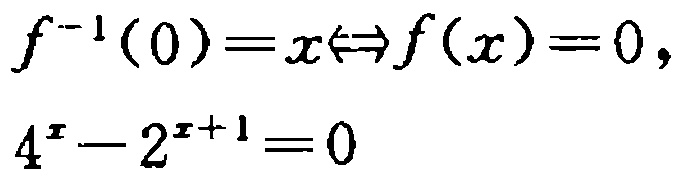
\[

\begin{align*}

f^{-1}(0)=x&\Leftrightarrow f(x)=0,\\

4^{x}-2^{x + 1}&=0

\end{align*}

\]